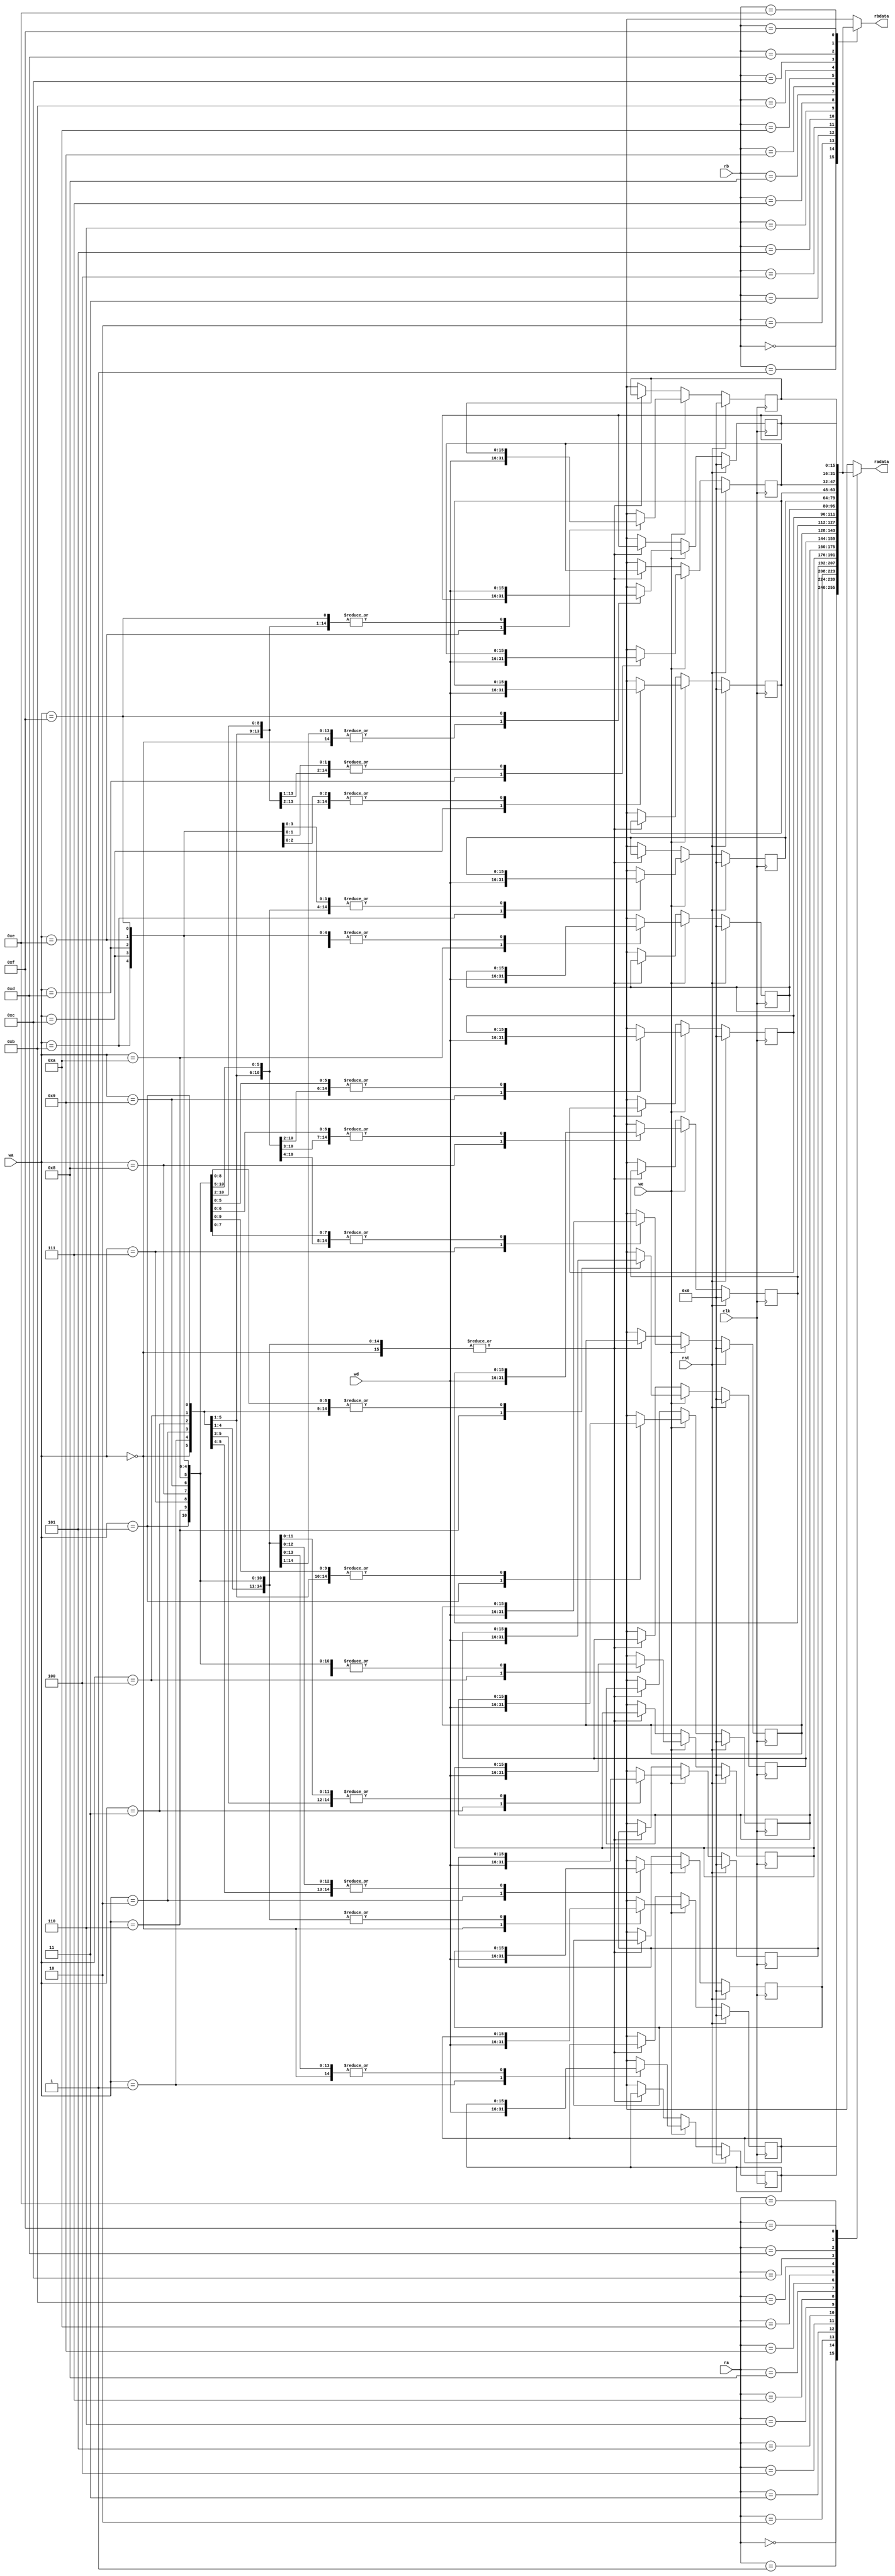
/*
   This file was generated automatically by the Mojo IDE version B1.3.6.
   Do not edit this file directly. Instead edit the original Lucid source.
   This is a temporary file and any changes made to it will be destroyed.
*/

module regfile_51 (
    input clk,
    input rst,
    input [3:0] ra,
    input [3:0] rb,
    input we,
    input [15:0] wd,
    input [3:0] wa,
    output reg [15:0] radata,
    output reg [15:0] rbdata
  );
  
  
  
  reg [15:0] M_reg00_d, M_reg00_q = 1'h0;
  reg [15:0] M_reg01_d, M_reg01_q = 1'h0;
  reg [15:0] M_reg02_d, M_reg02_q = 1'h0;
  reg [15:0] M_reg03_d, M_reg03_q = 1'h0;
  reg [15:0] M_reg10_d, M_reg10_q = 1'h0;
  reg [15:0] M_reg11_d, M_reg11_q = 1'h0;
  reg [15:0] M_reg12_d, M_reg12_q = 1'h0;
  reg [15:0] M_reg13_d, M_reg13_q = 1'h0;
  reg [15:0] M_reg20_d, M_reg20_q = 1'h0;
  reg [15:0] M_reg21_d, M_reg21_q = 1'h0;
  reg [15:0] M_reg22_d, M_reg22_q = 1'h0;
  reg [15:0] M_reg23_d, M_reg23_q = 1'h0;
  reg [15:0] M_reg30_d, M_reg30_q = 1'h0;
  reg [15:0] M_reg31_d, M_reg31_q = 1'h0;
  reg [15:0] M_reg32_d, M_reg32_q = 1'h0;
  reg [15:0] M_reg33_d, M_reg33_q = 1'h0;
  
  always @* begin
    M_reg02_d = M_reg02_q;
    M_reg11_d = M_reg11_q;
    M_reg20_d = M_reg20_q;
    M_reg30_d = M_reg30_q;
    M_reg03_d = M_reg03_q;
    M_reg12_d = M_reg12_q;
    M_reg21_d = M_reg21_q;
    M_reg31_d = M_reg31_q;
    M_reg00_d = M_reg00_q;
    M_reg13_d = M_reg13_q;
    M_reg32_d = M_reg32_q;
    M_reg01_d = M_reg01_q;
    M_reg33_d = M_reg33_q;
    M_reg22_d = M_reg22_q;
    M_reg10_d = M_reg10_q;
    M_reg23_d = M_reg23_q;
    
    if (we) begin
      
      case (wa)
        4'h0: begin
          M_reg00_d = wd;
        end
        4'h1: begin
          M_reg01_d = wd;
        end
        4'h2: begin
          M_reg02_d = wd;
        end
        4'h3: begin
          M_reg03_d = wd;
        end
        4'h4: begin
          M_reg10_d = wd;
        end
        4'h5: begin
          M_reg11_d = wd;
        end
        4'h6: begin
          M_reg12_d = wd;
        end
        4'h7: begin
          M_reg13_d = wd;
        end
        4'h8: begin
          M_reg20_d = wd;
        end
        4'h9: begin
          M_reg21_d = wd;
        end
        4'ha: begin
          M_reg22_d = wd;
        end
        4'hb: begin
          M_reg23_d = wd;
        end
        4'hc: begin
          M_reg30_d = wd;
        end
        4'hd: begin
          M_reg31_d = wd;
        end
        4'he: begin
          M_reg32_d = wd;
        end
        4'hf: begin
          M_reg33_d = wd;
        end
      endcase
    end else begin
      
      case (wa)
        4'h0: begin
          M_reg00_d = M_reg00_q;
        end
        4'h1: begin
          M_reg01_d = M_reg01_q;
        end
        4'h2: begin
          M_reg02_d = M_reg02_q;
        end
        4'h3: begin
          M_reg03_d = M_reg03_q;
        end
        4'h4: begin
          M_reg10_d = M_reg10_q;
        end
        4'h5: begin
          M_reg11_d = M_reg11_q;
        end
        4'h6: begin
          M_reg12_d = M_reg12_q;
        end
        4'h7: begin
          M_reg13_d = M_reg13_q;
        end
        4'h8: begin
          M_reg20_d = M_reg20_q;
        end
        4'h9: begin
          M_reg21_d = M_reg21_q;
        end
        4'ha: begin
          M_reg22_d = M_reg22_q;
        end
        4'hb: begin
          M_reg23_d = M_reg23_q;
        end
        4'hc: begin
          M_reg30_d = M_reg30_q;
        end
        4'hd: begin
          M_reg31_d = M_reg31_q;
        end
        4'he: begin
          M_reg32_d = M_reg32_q;
        end
        4'hf: begin
          M_reg33_d = M_reg33_q;
        end
      endcase
    end
    
    case (ra)
      4'h0: begin
        radata = M_reg00_q;
      end
      4'h1: begin
        radata = M_reg01_q;
      end
      4'h2: begin
        radata = M_reg02_q;
      end
      4'h3: begin
        radata = M_reg03_q;
      end
      4'h4: begin
        radata = M_reg10_q;
      end
      4'h5: begin
        radata = M_reg11_q;
      end
      4'h6: begin
        radata = M_reg12_q;
      end
      4'h7: begin
        radata = M_reg13_q;
      end
      4'h8: begin
        radata = M_reg20_q;
      end
      4'h9: begin
        radata = M_reg21_q;
      end
      4'ha: begin
        radata = M_reg22_q;
      end
      4'hb: begin
        radata = M_reg23_q;
      end
      4'hc: begin
        radata = M_reg30_q;
      end
      4'hd: begin
        radata = M_reg31_q;
      end
      4'he: begin
        radata = M_reg32_q;
      end
      4'hf: begin
        radata = M_reg33_q;
      end
      default: begin
        radata = 1'h0;
      end
    endcase
    
    case (rb)
      4'h0: begin
        rbdata = M_reg00_q;
      end
      4'h1: begin
        rbdata = M_reg01_q;
      end
      4'h2: begin
        rbdata = M_reg02_q;
      end
      4'h3: begin
        rbdata = M_reg03_q;
      end
      4'h4: begin
        rbdata = M_reg10_q;
      end
      4'h5: begin
        rbdata = M_reg11_q;
      end
      4'h6: begin
        rbdata = M_reg12_q;
      end
      4'h7: begin
        rbdata = M_reg13_q;
      end
      4'h8: begin
        rbdata = M_reg20_q;
      end
      4'h9: begin
        rbdata = M_reg21_q;
      end
      4'ha: begin
        rbdata = M_reg22_q;
      end
      4'hb: begin
        rbdata = M_reg23_q;
      end
      4'hc: begin
        rbdata = M_reg30_q;
      end
      4'hd: begin
        rbdata = M_reg31_q;
      end
      4'he: begin
        rbdata = M_reg32_q;
      end
      4'hf: begin
        rbdata = M_reg33_q;
      end
      default: begin
        rbdata = 1'h0;
      end
    endcase
  end
  
  always @(posedge clk) begin
    if (rst == 1'b1) begin
      M_reg00_q <= 1'h0;
      M_reg01_q <= 1'h0;
      M_reg02_q <= 1'h0;
      M_reg03_q <= 1'h0;
      M_reg10_q <= 1'h0;
      M_reg11_q <= 1'h0;
      M_reg12_q <= 1'h0;
      M_reg13_q <= 1'h0;
      M_reg20_q <= 1'h0;
      M_reg21_q <= 1'h0;
      M_reg22_q <= 1'h0;
      M_reg23_q <= 1'h0;
      M_reg30_q <= 1'h0;
      M_reg31_q <= 1'h0;
      M_reg32_q <= 1'h0;
      M_reg33_q <= 1'h0;
    end else begin
      M_reg00_q <= M_reg00_d;
      M_reg01_q <= M_reg01_d;
      M_reg02_q <= M_reg02_d;
      M_reg03_q <= M_reg03_d;
      M_reg10_q <= M_reg10_d;
      M_reg11_q <= M_reg11_d;
      M_reg12_q <= M_reg12_d;
      M_reg13_q <= M_reg13_d;
      M_reg20_q <= M_reg20_d;
      M_reg21_q <= M_reg21_d;
      M_reg22_q <= M_reg22_d;
      M_reg23_q <= M_reg23_d;
      M_reg30_q <= M_reg30_d;
      M_reg31_q <= M_reg31_d;
      M_reg32_q <= M_reg32_d;
      M_reg33_q <= M_reg33_d;
    end
  end
  
endmodule